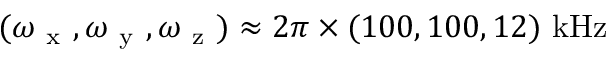
( \omega _ { \mathrm { ~ x ~ } } , \omega _ { \mathrm { ~ y ~ } } , \omega _ { \mathrm { ~ z ~ } } ) \approx 2 \pi \times ( 1 0 0 , 1 0 0 , 1 2 ) \ \mathrm { { k H z } }